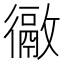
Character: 𢖉